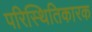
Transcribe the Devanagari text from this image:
परिस्थितिकारक